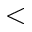
<